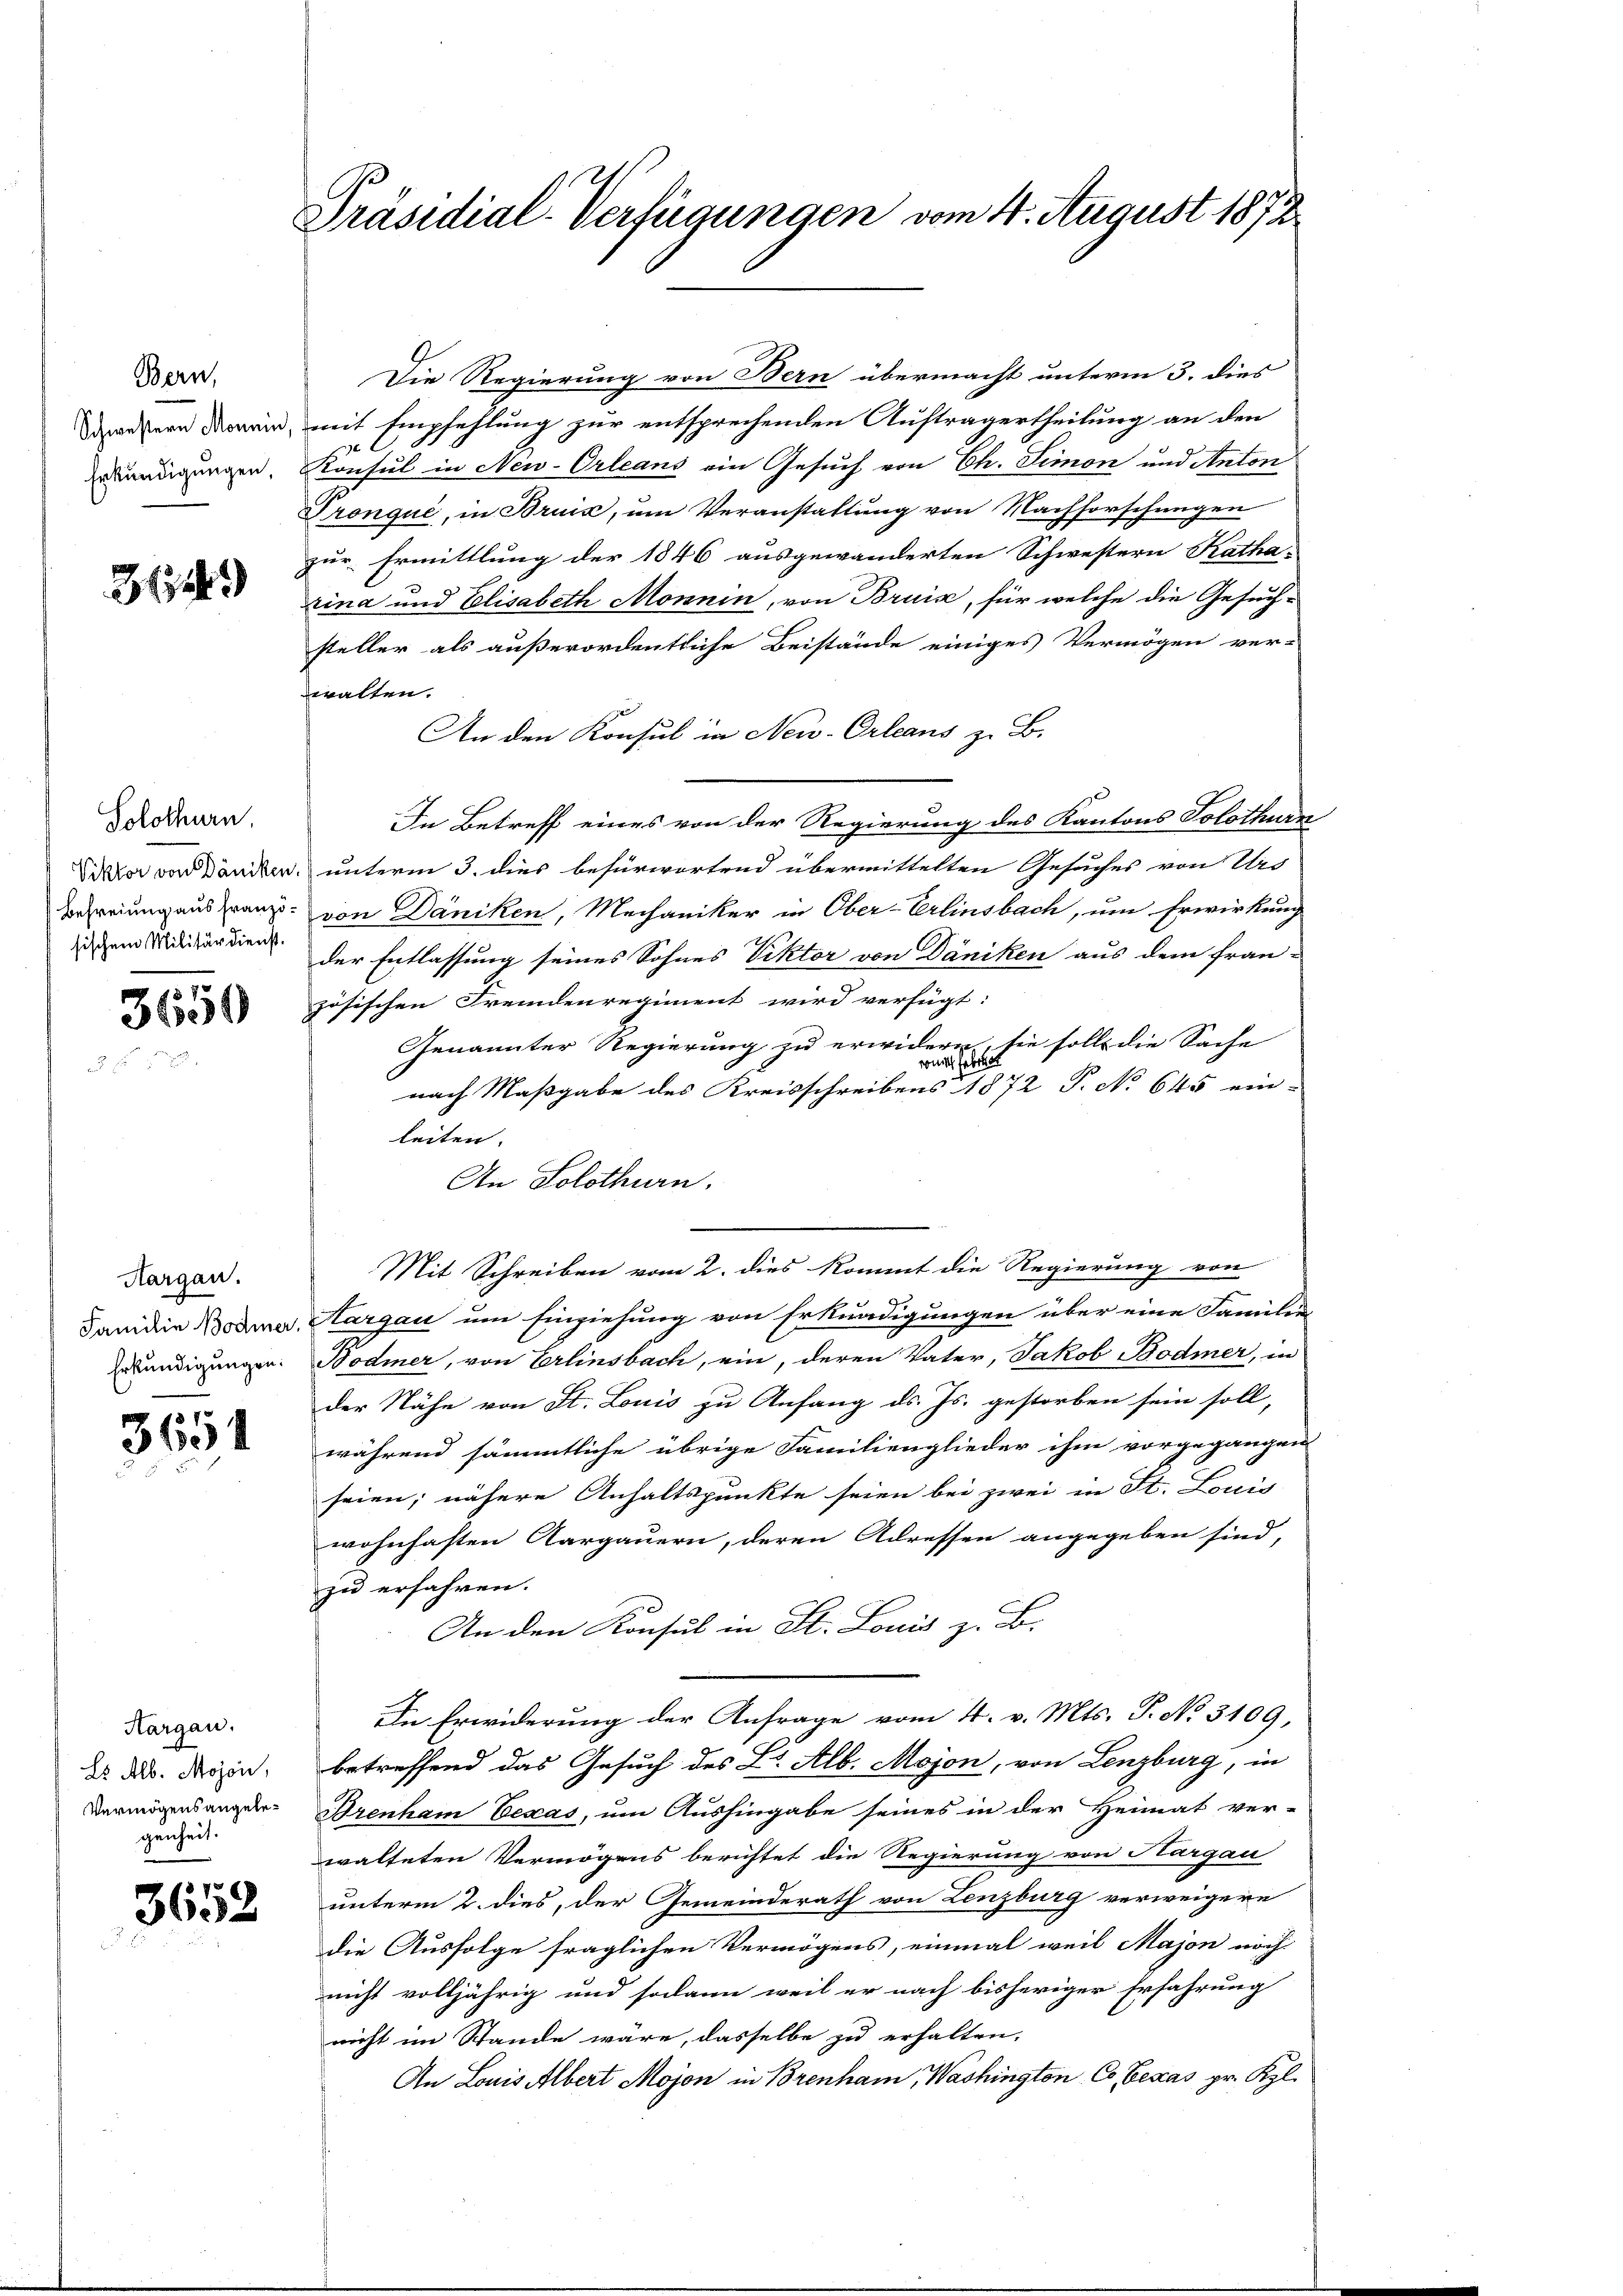
Bern,
Schwestern Monnin
Erkundigungen,

21149

Solothurn.
sischem Militärdienst.

3650

Hargau.
Erkundigungen.

3654

Hargau.
Es Alb. Mojon,
Vermögensangelegenheit.

3652

Präsidial-Verfügungen vom 4. August 1872

Die Regierung von Bern übermacht unterm 3. dies
mit Empfehlung zur entsprechenden Auftragertheilung an den
ve C
Konsul in New-Orleans ein Gesuch von Ch. Simon und Anton
Pronqué, in Bruis, um Veranstaltung von Nachforschungen
zur Ermittlung der 1846 ausgewanderten Schwestern Katha-
rina und Elisabeth Mönnin, von Bruis, für welche die Gesuchsteller als außerordentliche Beistände einiges Vermögen ver-
walten.
An den Konsul in New-Orleans z. B.
In Betreff eines von der Regierung des Kantons Solothurn
Vidor vor Däniker unterm 3. dies befürwortend übermittelten Gesuches von Urs
befreiung aus franz. von Däniken, Mechaniker in Ober-Erlinsbach, um Erwirkung
der Entlassung seines Sohnes Viktor von Däniken aus dem fran-
zösischen Fremdenregiment wird verfügt:
Genannter Regierung zu erwidern, sie soll die Sache
weitet haben
nach Maßgabe des Kreisschreibens 1872 P. No 645 ein-
leiten.
An Solothurn.
Mit Schreiben vom 2. dies kommt die Regierung von
Janidie Bodena, Aargau um Einziehung von Erkundigungen über eine Familie
Bodmer, von Erlinsbach, ein, deren Vater, Jakob Bodmer, in
der Nähe von St. Louis zu Anfang ds. Js. gestorben sein soll,
während sämmtliche übrige Familienglieder ihm vorgegangen
seien; nähere Anhaltspunkte seien bei zwei in St. Louis
wohnhaften Aargauern, deren Adressen angegeben sind,
zu erfahren.
An den Konsul in St. Louis z. B.
In Erwiderung der Anfrage vom 4. v. Mts. P. No 3109,
betreffend das Gesuch des L. Alb. Mojon, von Lenzburg, in
Brenham Eexas, um Aushingabe seines in der Heimat ver-
walteten Vermögens berichtet die Regierung von Nargau
unterm 2. dies, der Gemeinderath von Lenzburg verweigere
die Ausfolge fraglichen Vermögens, einmal weil Majon noch
nicht volljährig und sodann weil er nach bisheriger Erfahrung
nicht im Stande wäre, dasselbe zu erhalten,
An Louis Albert Mojon in Brenham Washingten Co Eexas pr. Kgl.